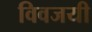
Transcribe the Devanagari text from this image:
विवजयी